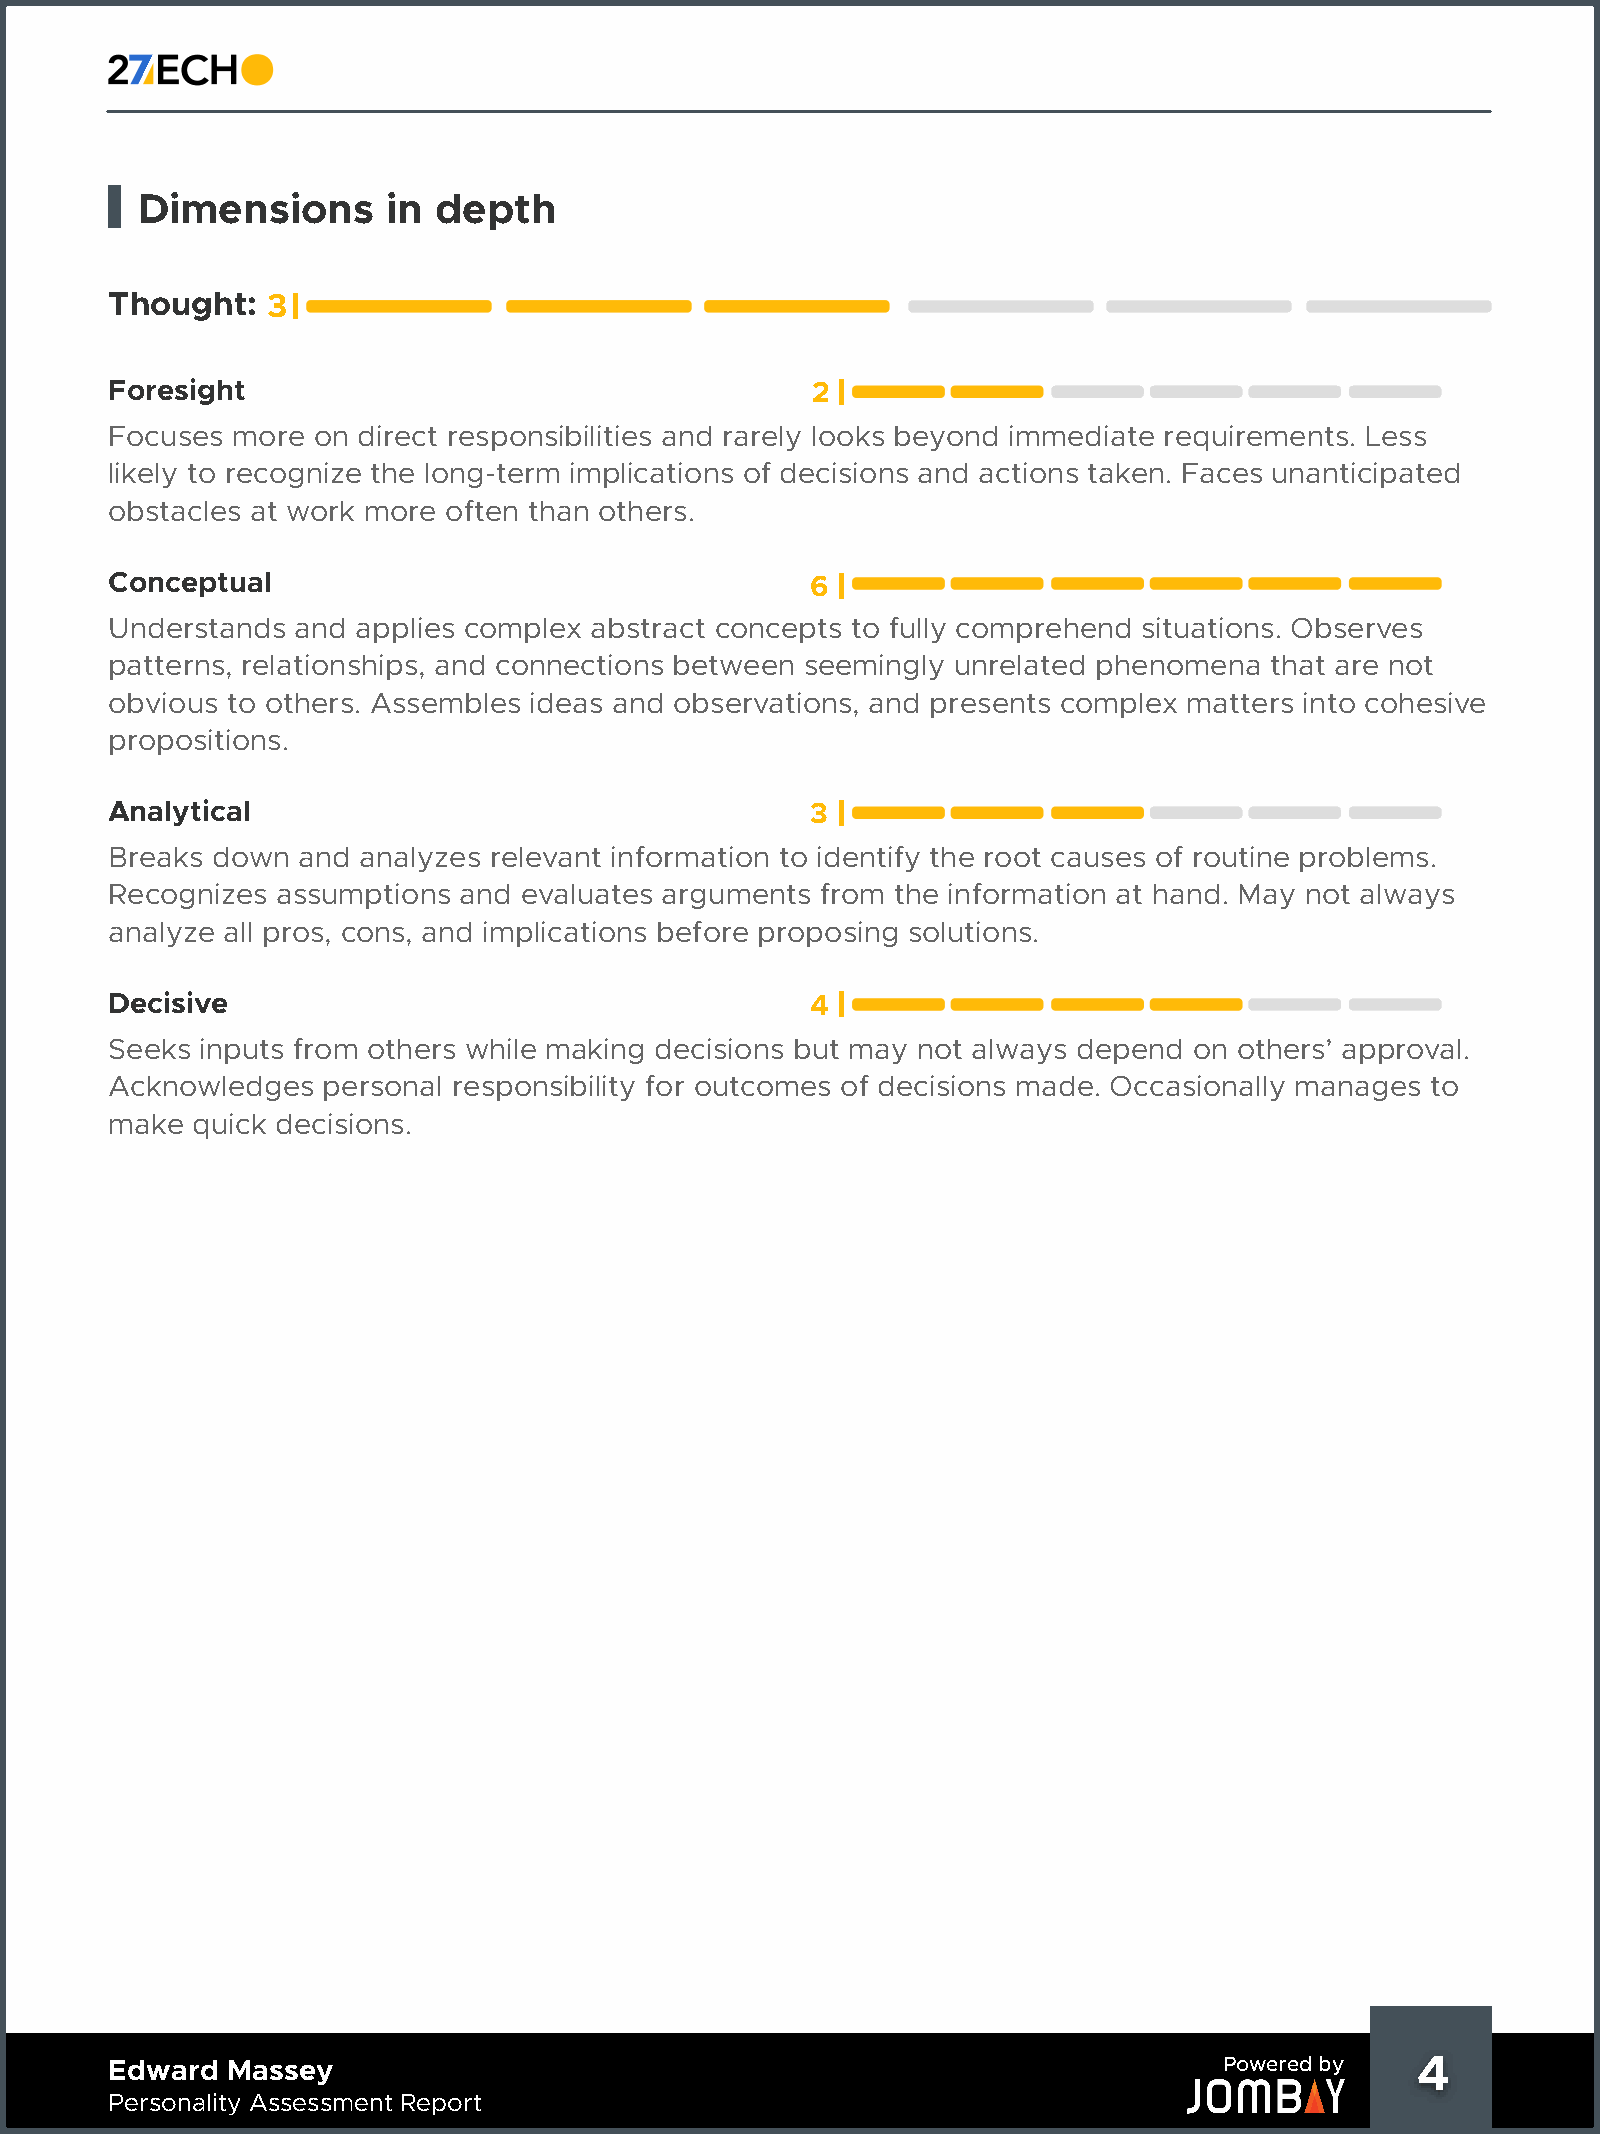
Dimensions       in depth
 Thought:   3
 Foresight                                      2
 Focuses more  on direct responsibilities and rarely looks beyond immediate requirements. Less
 likely to recognize the long-term implications of decisions and actions taken. Faces unanticipated
 obstacles at work more often than others.
 Conceptual                                     6
 Understands  and applies complex abstract concepts to fully comprehend situations. Observes
 patterns, relationships, and connections between seemingly unrelated phenomena that are not
 obvious to others. Assembles ideas and observations, and presents complex matters into cohesive
 propositions.
 Analytical                                     3
 Breaks down  and analyzes relevant information to identify the root causes of routine problems.
 Recognizes assumptions and evaluates arguments from the information at hand. May not always
 analyze all pros, cons, and implications before proposing solutions.
 Decisive                                       4
 Seeks inputs from others while making decisions but may not always depend on others’ approval.
 Acknowledges  personal responsibility for outcomes of decisions made. Occasionally manages to
 make  quick decisions.
 Edward  Massey                                                            Powered by   4     4
 Personality Assessment Report